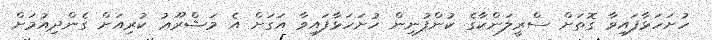
ހުށަހަޅާފައިވާ ގޮތަށް ސްރީލަންކާގެ ކުންފުނިން ހުށަހަޅާފައިވާ އަގަށް އެ މަޝްރޫޢު ކުރިއަށް ގެންދިއުމަށް